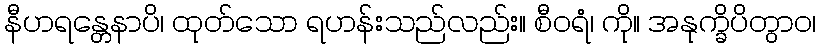
နီဟရန္တေနာပိ၊ ထုတ်သော ရဟန်းသည်လည်း။ စီဝရံ၊ ကို။ အနုက္ခိပိတွာဝ၊